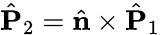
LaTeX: \hat{{\mathbf P}}_{2}=\hat{\mathbf n}\times\hat{\mathbf P}_{1}